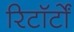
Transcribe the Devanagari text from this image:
रिटॉर्टों